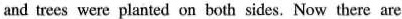
and trees were planted on bothsides, Now there are